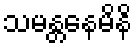
သမန္တနေမိနိ